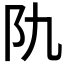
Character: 𨸒